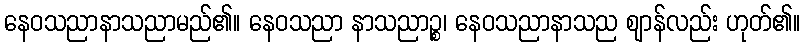
နေဝသညာနာသညာမည်၏။ နေဝသညာ နာသညာဉ္စ၊ နေဝသညာနာသည ဈာန်လည်း ဟုတ်၏။